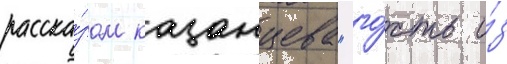
расска́зом казанцева "го́сть и́з